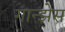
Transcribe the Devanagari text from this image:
गान्झेस